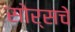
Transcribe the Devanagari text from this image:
सोर्सचे